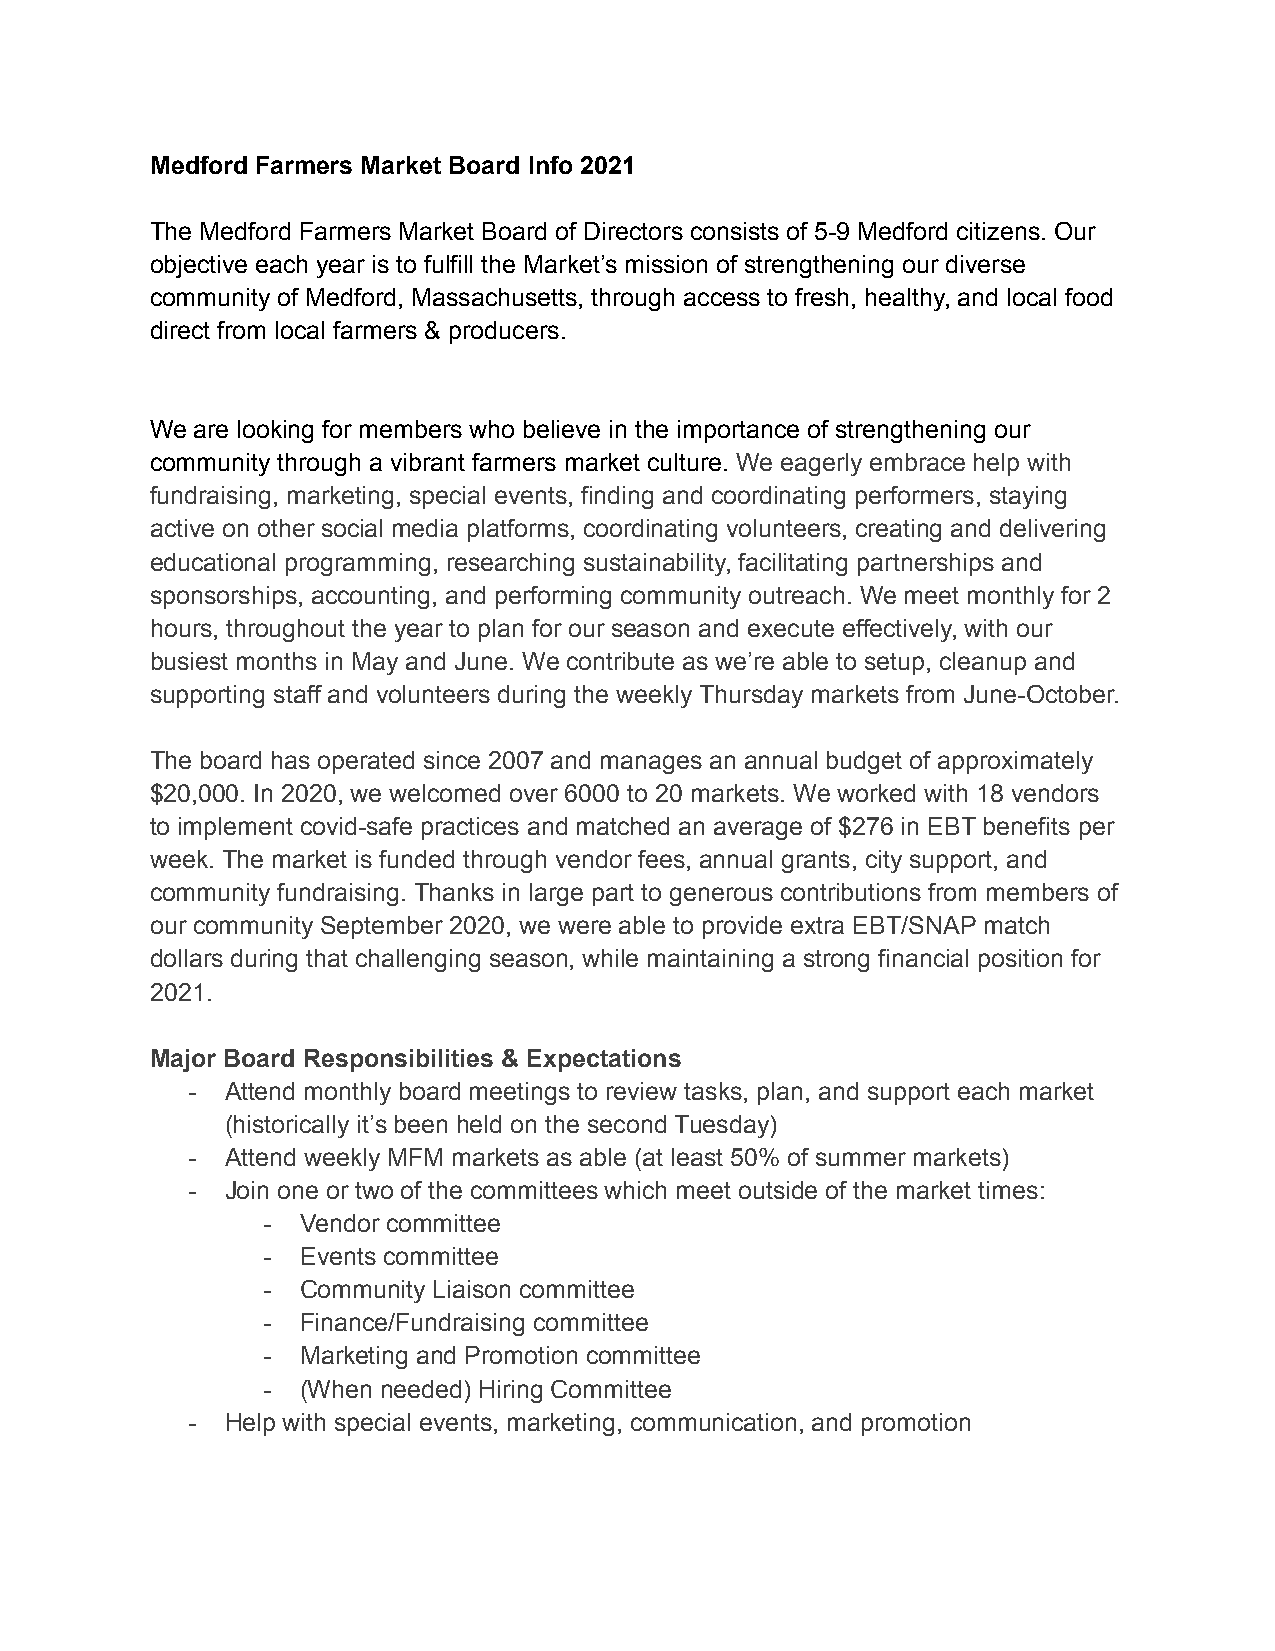
Medford Farmers Market Board Info 2021
 The Medford Farmers Market Board of Directors consists of 5-9 Medford citizens. Our
 objective each year is to fulfill the Market’s mission of strengthening our diverse
 community of Medford, Massachusetts, through access to fresh, healthy, and local food
 direct from local farmers & producers.
 We are looking for members who believe in the importance of strengthening our
 community through a vibrant farmers market culture. We eagerly embrace help with
 fundraising, marketing, special events, finding and coordinating performers, staying
 active on other social media platforms, coordinating volunteers, creating and delivering
 educational programming, researching sustainability, facilitating partnerships and
 sponsorships, accounting, and performing community outreach. We meet monthly for 2
 hours, throughout the year to plan for our season and execute effectively, with our
 busiest months in May and June. We contribute as we’re able to setup, cleanup and
 supporting staff and volunteers during the weekly Thursday markets from June-October.
 The board has operated since 2007 and manages an annual budget of approximately
 $20,000. In 2020, we welcomed over 6000 to 20 markets. We worked with 18 vendors
 to implement covid-safe practices and matched an average of $276 in EBT benefits per
 week. The market is funded through vendor fees, annual grants, city support, and
 community fundraising. Thanks in large part to generous contributions from members of
 our community September 2020, we were able to provide extra EBT/SNAP match
 dollars during that challenging season, while maintaining a strong financial position for
 2021.
 Major Board Responsibilities & Expectations
 -  Attend monthly board meetings to review tasks, plan, and support each market
 (historically it’s been held on the second Tuesday)
 -  Attend weekly MFM markets as able (at least 50% of summer markets)
 -  Join one or two of the committees which meet outside of the market times:
 -  Vendor committee
 -  Events committee
 -  Community Liaison committee
 -  Finance/Fundraising committee
 -  Marketing and Promotion committee
 -  (When needed) Hiring Committee
 -  Help with special events, marketing, communication, and promotion